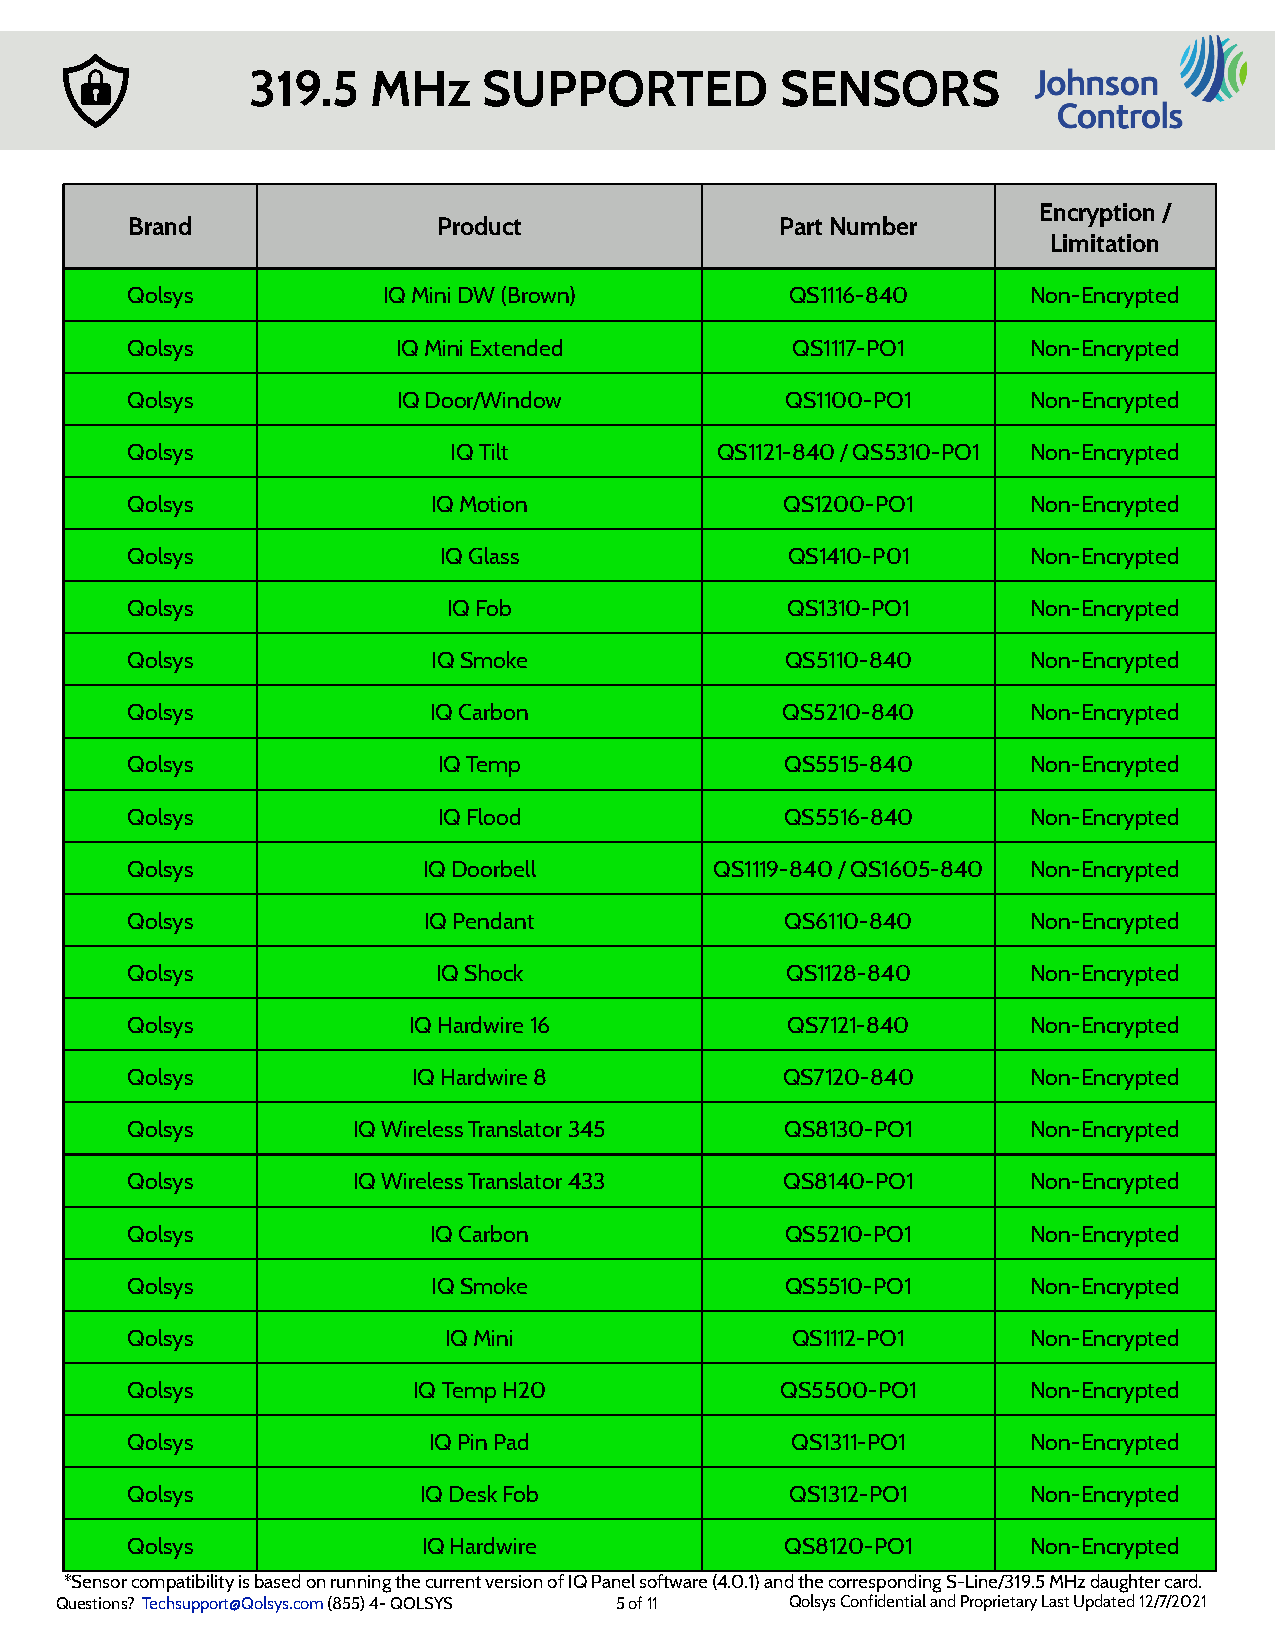
319.5    MHz    SUPPORTED           SENSORS
 Encryption /
 Brand                Product                Part Number
 Limitation
 Qolsys           IQ Mini DW (Brown)         QS1116-840      Non-Encrypted
 Qolsys            IQ Mini Extended          QS1117-PO1      Non-Encrypted
 Qolsys            IQ Door/Window            QS1100-PO1      Non-Encrypted
 Qolsys                IQ Tilt          QS1121-840 / QS5310-PO1 Non-Encrypted
 Qolsys               IQ Motion              QS1200-PO1      Non-Encrypted
 Qolsys               IQ Glass               QS1410-P01      Non-Encrypted
 Qolsys                IQ Fob                QS1310-PO1      Non-Encrypted
 Qolsys               IQ Smoke               QS5110-840      Non-Encrypted
 Qolsys              IQ Carbon               QS5210-840      Non-Encrypted
 Qolsys               IQ Temp                QS5515-840      Non-Encrypted
 Qolsys               IQ Flood               QS5516-840      Non-Encrypted
 Qolsys              IQ Doorbell        QS1119-840 / QS1605-840 Non-Encrypted
 Qolsys              IQ Pendant              QS6110-840      Non-Encrypted
 Qolsys               IQ Shock               QS1128-840      Non-Encrypted
 Qolsys             IQ Hardwire 16           QS7121-840      Non-Encrypted
 Qolsys             IQ Hardwire 8            QS7120-840      Non-Encrypted
 Qolsys         IQ Wireless Translator 345   QS8130-PO1      Non-Encrypted
 Qolsys         IQ Wireless Translator 433   QS8140-PO1      Non-Encrypted
 Qolsys              IQ Carbon               QS5210-PO1      Non-Encrypted
 Qolsys               IQ Smoke               QS5510-PO1      Non-Encrypted
 Qolsys               IQ Mini                QS1112-PO1      Non-Encrypted
 Qolsys             IQ Temp H20              QS5500-PO1      Non-Encrypted
 Qolsys              IQ Pin Pad              QS1311-PO1      Non-Encrypted
 Qolsys              IQ Desk Fob             QS1312-PO1      Non-Encrypted
 Qolsys              IQ Hardwire             QS8120-PO1      Non-Encrypted
 *Sensor compatibility is based on running the current version of IQ Panel software (4.0.1) and the corresponding S-Line/319.5 MHz daughter card.
 Questions? Techsupport@Qolsys.com (855) 4- QOLSYS 5 of 11 Qolsys Confidential and Proprietary Last Updated 12/7/2021